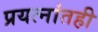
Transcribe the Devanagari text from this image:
प्रयत्‍नांतही